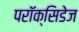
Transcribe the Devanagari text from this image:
परॉक्सिडेज